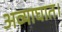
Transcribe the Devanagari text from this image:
अव्याघात।